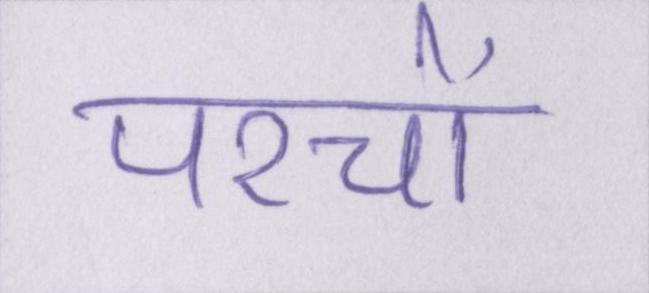
परचों